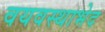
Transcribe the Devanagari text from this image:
वयवस्थाभेद